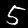
Label: 5